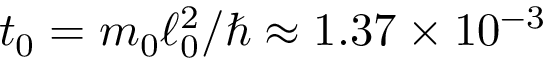
t _ { 0 } = m _ { 0 } \ell _ { 0 } ^ { 2 } / \hbar \approx 1 . 3 7 \times 1 0 ^ { - 3 }